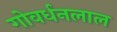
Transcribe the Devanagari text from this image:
गोवर्धनलाल